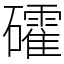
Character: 礭